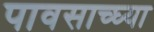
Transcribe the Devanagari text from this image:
पावसाच्घ्या